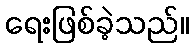
ရေးဖြစ်ခဲ့သည်။